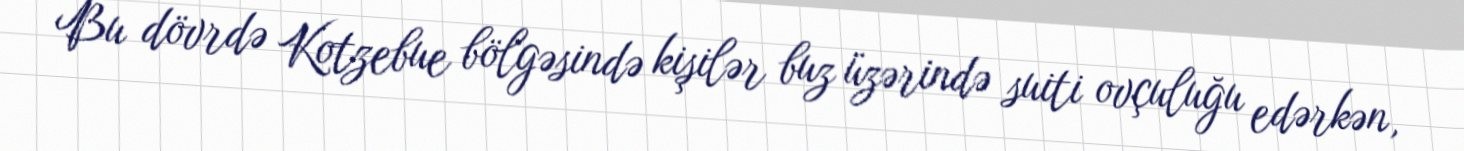
Bu dövrdə Kotzebue bölgəsində kişilər buz üzərində suiti ovçuluğu edərkən,